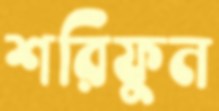
শরিফুন